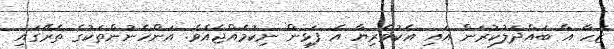
ޒަހާ އާ ބަައްދަލުކުރަން އައި އެކުވެރިޔާ އެ ފަޅިން ނިކުމެއްޖެއެވެ. އަންހެނުންތަކުގެ ތެރޭގައި